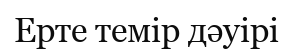
Ерте темір дәуірі